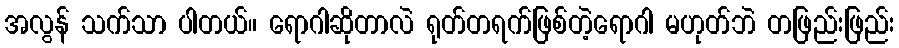
အလွန် သက်သာ ပါတယ်။ ရောဂါဆိုတာလဲ ရုတ်တရက်ဖြစ်တဲ့ရောဂါ မဟုတ်ဘဲ တဖြည်းဖြည်း